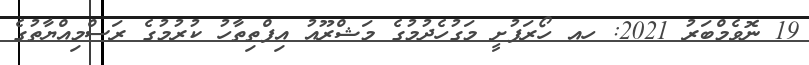
19 ނޮވެމްބަރު 2021: ހއ ހޯރަފުށީ މަގުހެދުމުގެ މަޝްރޫއު އިފްތިތާހު ކުރުމުގެ ރަސްމިއްޔާތުގެ